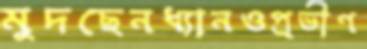
মুদছেনধ্যানওপ্রভীণ